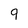
Character: 9